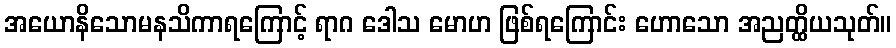
အယောနိသောမနသိကာရကြောင့် ရာဂ ဒေါသ မောဟ ဖြစ်ရကြောင်း ဟောသော အညတ္ထိယသုတ်။